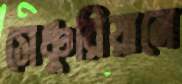
সেঞ্চুরিয়ানে